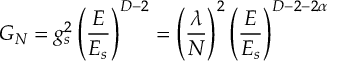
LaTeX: G _ { N } = g _ { s } ^ { 2 } \left( { \frac { E } { E _ { s } } } \right) ^ { D - 2 } = \left( { \frac { \lambda } { N } } \right) ^ { 2 } \left( { \frac { E } { E _ { s } } } \right) ^ { D - 2 - 2 \alpha }